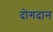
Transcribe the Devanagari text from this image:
दोगदान